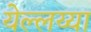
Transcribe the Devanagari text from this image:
येल्लय्या